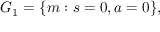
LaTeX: G _ { 1 } = \{ m : s = 0 , a = 0 \} ,